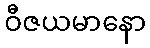
ဝီဇယမာနော